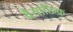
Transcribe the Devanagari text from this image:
वैयाक्तिक